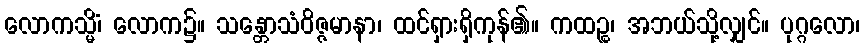
လောကသ္မိံ၊ လောက၌။ သန္တောသံဝိဇ္ဇမာနာ၊ ထင်ရှားရှိကုန်၏။ ကထဉ္စ၊ အဘယ်သို့လျှင်။ ပုဂ္ဂလော၊